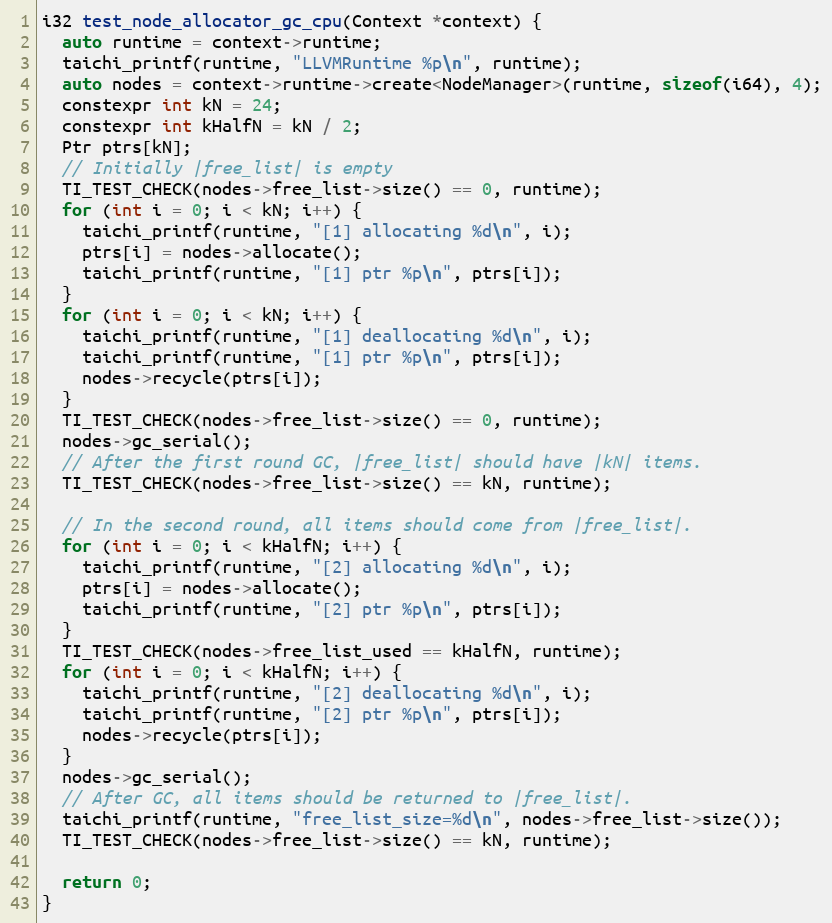
Language: C
i32 test_node_allocator_gc_cpu(Context *context) {
  auto runtime = context->runtime;
  taichi_printf(runtime, "LLVMRuntime %p\n", runtime);
  auto nodes = context->runtime->create<NodeManager>(runtime, sizeof(i64), 4);
  constexpr int kN = 24;
  constexpr int kHalfN = kN / 2;
  Ptr ptrs[kN];
  // Initially |free_list| is empty
  TI_TEST_CHECK(nodes->free_list->size() == 0, runtime);
  for (int i = 0; i < kN; i++) {
    taichi_printf(runtime, "[1] allocating %d\n", i);
    ptrs[i] = nodes->allocate();
    taichi_printf(runtime, "[1] ptr %p\n", ptrs[i]);
  }
  for (int i = 0; i < kN; i++) {
    taichi_printf(runtime, "[1] deallocating %d\n", i);
    taichi_printf(runtime, "[1] ptr %p\n", ptrs[i]);
    nodes->recycle(ptrs[i]);
  }
  TI_TEST_CHECK(nodes->free_list->size() == 0, runtime);
  nodes->gc_serial();
  // After the first round GC, |free_list| should have |kN| items.
  TI_TEST_CHECK(nodes->free_list->size() == kN, runtime);

  // In the second round, all items should come from |free_list|.
  for (int i = 0; i < kHalfN; i++) {
    taichi_printf(runtime, "[2] allocating %d\n", i);
    ptrs[i] = nodes->allocate();
    taichi_printf(runtime, "[2] ptr %p\n", ptrs[i]);
  }
  TI_TEST_CHECK(nodes->free_list_used == kHalfN, runtime);
  for (int i = 0; i < kHalfN; i++) {
    taichi_printf(runtime, "[2] deallocating %d\n", i);
    taichi_printf(runtime, "[2] ptr %p\n", ptrs[i]);
    nodes->recycle(ptrs[i]);
  }
  nodes->gc_serial();
  // After GC, all items should be returned to |free_list|.
  taichi_printf(runtime, "free_list_size=%d\n", nodes->free_list->size());
  TI_TEST_CHECK(nodes->free_list->size() == kN, runtime);

  return 0;
}